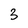
Character: 3